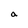
Character: a